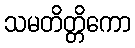
သမတိတ္တိကော